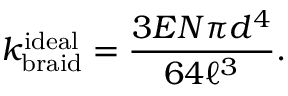
k _ { \mathrm { b r a i d } } ^ { \mathrm { i d e a l } } = \frac { 3 E N \pi d ^ { 4 } } { 6 4 \ell ^ { 3 } } .